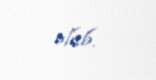
olub.